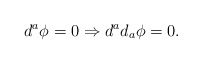
\begin{align*}d^{a}\phi =0\Rightarrow d^{a}d_{a}\phi =0.\end{align*}